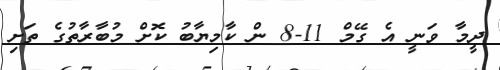
ދީމާ ވަނީ އެ ގޭމް 11-8 ން ކާމިޔާބު ކޮށް މުބާރާތުގެ ތަށި